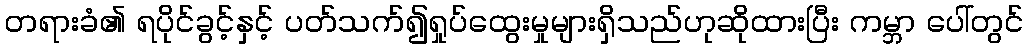
တရားခံ၏ ရပိုင်ခွင့်နှင့် ပတ်သက်၍ရှုပ်ထွေးမှုများရှိသည်ဟုဆိုထားပြီး ကမ္ဘာ ပေါ်တွင်